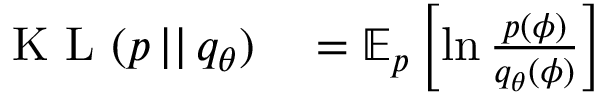
\begin{array} { r l } { \textrm { K L } ( p \, | | \, q _ { \theta } ) } & { { } = \mathbb { E } _ { p } \left[ \ln \frac { p ( \phi ) } { q _ { \theta } ( \phi ) } \right] } \end{array}